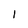
Character: 1